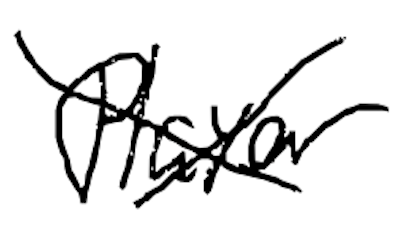
Text: player.
Cross-out: cross
Writing tool: digital_black